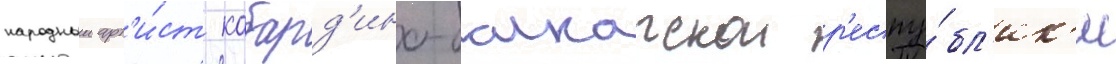
народныи арт'и́ст кабард'ино-балкарскои р'еспу́бл'ик'и